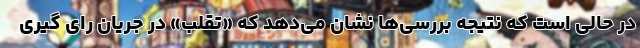
در حالی است که نتیجه بررسی‌ها نشان می‌دهد که «تقلب» در جریان رای گیری